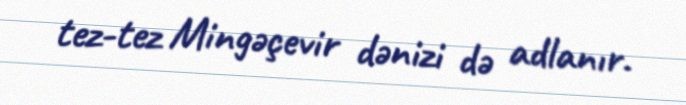
tez-tez Mingəçevir dənizi də adlanır.